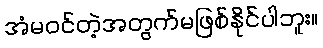
အံမဝင်တဲ့အတွက်မဖြစ်နိုင်ပါဘူး။